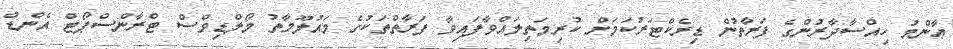
ޢާންމު ހިއްސާދާރުންގެ ފަރާތުން ޑިރެކްޓަރުކަމަށް ކުރިމަތިލައްވާފައިވާ ފަރާތްތަކުގެ މައުލޫމާތު މޯލްޑިވްސް ޓްރާންސްޕޯޓް އެންޑް